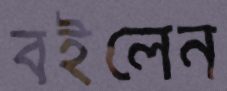
বইলেন